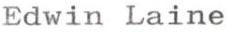
Edwin Laine